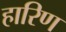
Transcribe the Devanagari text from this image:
हारिण